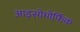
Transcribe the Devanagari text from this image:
आइसोमोर्फिक